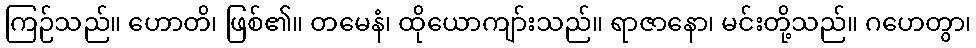
ကြဉ်သည်။ ဟောတိ၊ ဖြစ်၏။ တမေနံ၊ ထိုယောကျာ်းသည်။ ရာဇာနော၊ မင်းတို့သည်။ ဂဟေတွာ၊